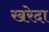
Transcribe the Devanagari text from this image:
खरेदा